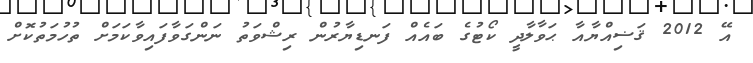
އޭ 2012 ޤަޟިއްޔާއާ ޙަވާލާދީ ކޯޓުގެ ބައެއް ފަނޑިޔާރުން ރިޝްވަތު ނަންގަވާފައިވާކަމަށް ތުހުމަތުކޮށް